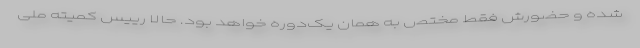
شده و حضورش فقط مختص به همان یک‌دوره خواهد بود. حالا رییس کمیته ملی